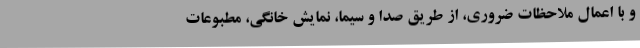
و با اعمال ملاحظات ضروری، از طریق صدا و سیما، نمایش خانگی، مطبوعات